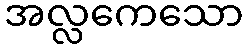
အလ္လကေသော